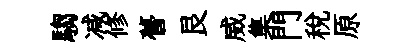
騶减修瞢艮威集門稅原